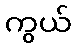
ကွယ်